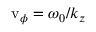
\mathrm { v } _ { \phi } = \omega _ { 0 } / k _ { z }